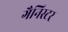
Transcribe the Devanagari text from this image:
गैनिस्टर